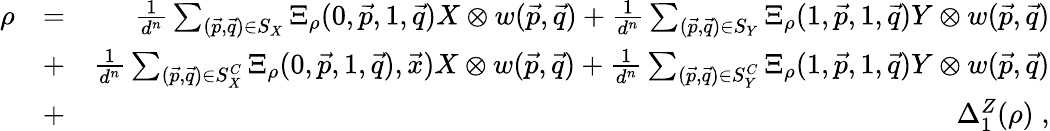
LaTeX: \begin{array}{rlr}{\rho}&{=}&{\frac{1}{d^{n}}\sum_{(\vec{p},\vec{q})\in S_{X}}\Xi_{\rho}(0,\vec{p},1,\vec{q})X\otimes w(\vec{p},\vec{q})+\frac{1}{d^{n}}\sum_{(\vec{p},\vec{q})\in S_{Y}}\Xi_{\rho}(1,\vec{p},1,\vec{q})Y\otimes w(\vec{p},\vec{q})}\\ &{+}&{\frac{1}{d^{n}}\sum_{(\vec{p},\vec{q})\in S_{X}^{C}}\Xi_{\rho}(0,\vec{p},1,\vec{q}),\vec{x})X\otimes w(\vec{p},\vec{q})+\frac{1}{d^{n}}\sum_{(\vec{p},\vec{q})\in S_{Y}^{C}}\Xi_{\rho}(1,\vec{p},1,\vec{q})Y\otimes w(\vec{p},\vec{q})}\\ &{+}&{\Delta_{1}^{Z}(\rho)\; ,}\end{array}